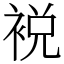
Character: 裞